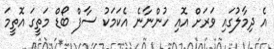
އެ ދިމާލުގައި ވަރަށް އޮއި ހުންނާނެ އެކަމަކު ސާފް ބޯޑް މަތީގަ އޮތީމަ